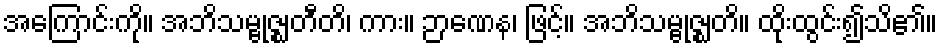
အကြောင်းကို။ အဘိသမ္ဗုဇ္ဈတီတိ၊ ကား။ ဉာဏေန၊ ဖြင့်။ အဘိသမ္ဗုဇ္ဈတိ။ ထိုးထွင်း၍သိ၏။